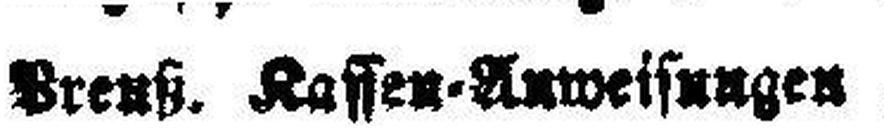
Preuß. Kassen=Anweisungen